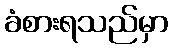
ခံစားရသည်မှာ